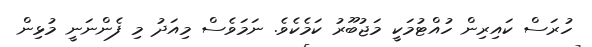
ހުރަސް ކައިރިން ހުއްޓުމަކީ މަޖުބޫރު ކަމެކެވެ. ނަމަވެސް މިއަދު މި ފެންނަނީ މުޅިން